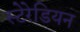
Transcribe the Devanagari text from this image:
स्‍टेरेडियन